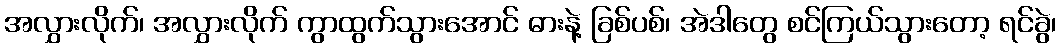
အလွှားလိုက်၊ အလွှားလိုက် ကွာထွက်သွားအောင် ဓားနဲ့ ခြစ်ပစ်၊ အဲဒါတွေ စင်ကြယ်သွားတော့ ရင်ခွဲ၊